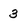
Character: 3